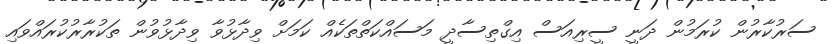
ސަރުކާރުން ކުރަމުން ދަނީ ސީރިއަސް އިގްތިސާދީ މަސައްކަތްތަކެއް ކަމަށް ވިދާޅުވާ ވިދާޅުވުން ތަކުރާރުކުރައްވައި